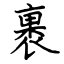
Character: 裹